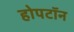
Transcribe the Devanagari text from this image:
होपटॉन